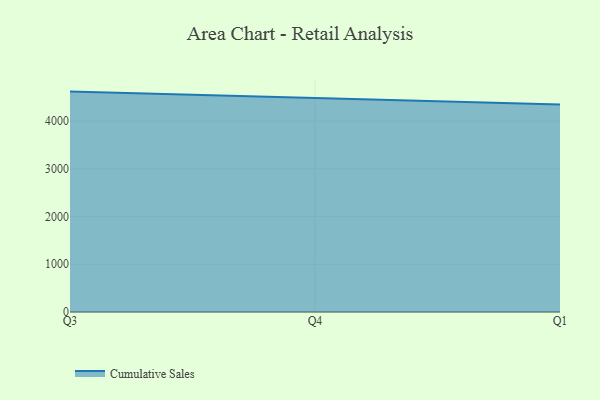
{"axis": {"x": "Quarter", "y": "Operating Costs (USD K)"}, "legend": ["Cumulative Sales"], "data": [{"x": "Q3", "y": 4618.1, "type": "Cumulative Sales"}, {"x": "Q4", "y": 4475.8, "type": "Cumulative Sales"}, {"x": "Q1", "y": 4345.9, "type": "Cumulative Sales"}]}